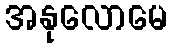
အနုလောမေ